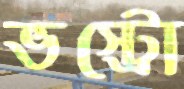
ভস্ট্রো